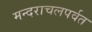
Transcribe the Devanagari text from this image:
मन्दराचलपर्वत